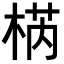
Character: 𣓃